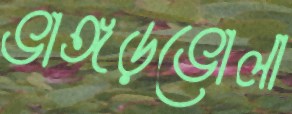
ভাঙ্গড়ভোলা